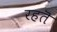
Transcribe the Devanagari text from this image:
रहतॆ